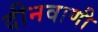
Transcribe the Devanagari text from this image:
दीनवाणी